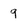
Character: 9